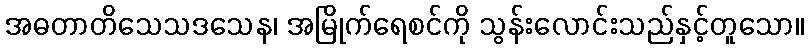
အဓတာတိသေသဒသေန၊ အမြိုက်ရေစင်ကို သွန်းလောင်းသည်နှင့်တူသော။